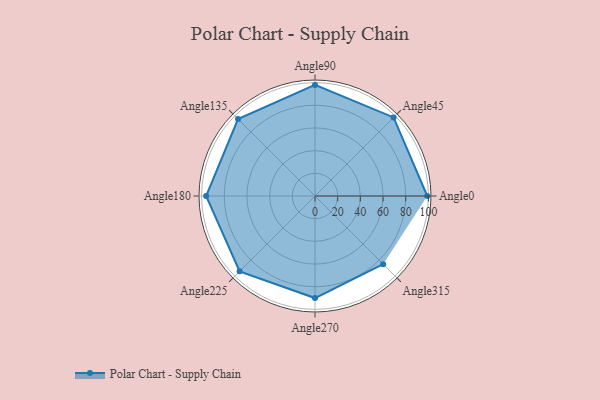
{"axis": {"x": "Angle", "y": "Radius"}, "legend": [""], "data": [{"x": "Angle0", "y": 99.0, "type": ""}, {"x": "Angle45", "y": 98.0, "type": ""}, {"x": "Angle90", "y": 98.0, "type": ""}, {"x": "Angle135", "y": 96.0, "type": ""}, {"x": "Angle180", "y": 96.0, "type": ""}, {"x": "Angle225", "y": 94.0, "type": ""}, {"x": "Angle270", "y": 90.0, "type": ""}, {"x": "Angle315", "y": 85.0, "type": ""}]}